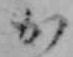
か